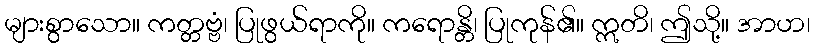
များစွာသော။ ကတ္တဗ္ဗံ၊ ပြုဖွယ်ရာကို။ ကရောန္တိ၊ ပြုကုန်၏။ ဣတိ၊ ဤသို့။ အာဟ၊